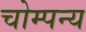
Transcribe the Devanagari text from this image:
चोम्पन्य